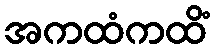
အကထံကထိံ